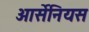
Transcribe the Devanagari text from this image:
आर्सेनियस